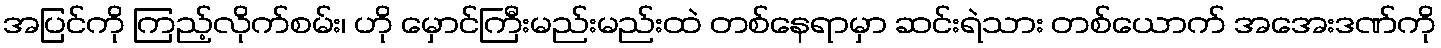
အပြင်ကို ကြည့်လိုက်စမ်း၊ ဟို မှောင်ကြီးမည်းမည်းထဲ တစ်နေရာမှာ ဆင်းရဲသား တစ်ယောက် အအေးဒဏ်ကို